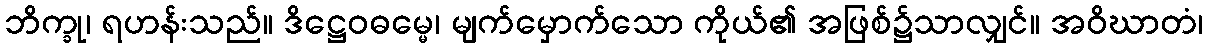
ဘိက္ခု၊ ရဟန်းသည်။ ဒိဋ္ဌေဝဓမ္မေ၊ မျက်မှောက်သော ကိုယ်၏ အဖြစ်၌သာလျှင်။ အဝိဃာတံ၊